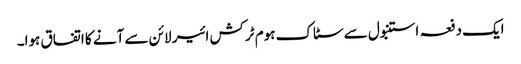
ایک دفعہ استنبول سے سٹاک ہوم ٹرکش ائیر لائن سے آنے کا اتفاق ہوا۔